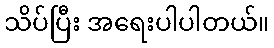
သိပ်ပြီး အရေးပါပါတယ်။